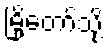
မြို့တော်သို့